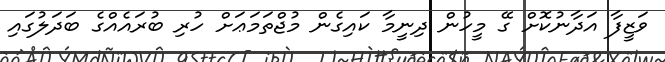
ވަޒީފާ އަދާނުކޮށް ގޭ މީހުން ދިނީމާ ކައިގެން މުޖްތަމަޢަށް ހުރި ބުރައެއްގެ ބަދަލުގައި